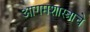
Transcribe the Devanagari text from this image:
आगमशास्त्राचे